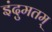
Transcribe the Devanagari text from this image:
इंदुमतम्